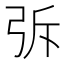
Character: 𭚪